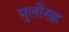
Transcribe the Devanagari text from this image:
मुलींसह